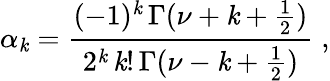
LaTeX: \alpha_{\mathit{k}}=\frac{{(-1)^{\mathit{k}}\, \Gamma(\nu+\mathit{k}+\frac{{1}}{{2}})}}{{2^{\mathit{k}}\, \mathit{k}!\, \Gamma(\nu-\mathit{k}+\frac{{1}}{{2}})}}\; ,